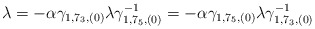
\begin{align*}\lambda = - \alpha \gamma_{1, 7_3, (0)} \lambda \gamma^{-1}_{1, 7_5,(0)} = - \alpha \gamma_{1, 7_5, (0)} \lambda \gamma^{-1}_{1, 7_3, (0)}\end{align*}